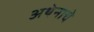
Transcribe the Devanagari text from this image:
अथेनाचे